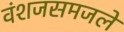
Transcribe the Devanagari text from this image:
वंशजसमजले